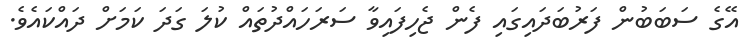
އޭގެ ސަބަބުން ފަރުބަދައިގައި ފެން ޖެހިފައިވާ ސަރަހައްދުތައް ކުލަ ގަދަ ކަމަށް ދައްކައެވެ.